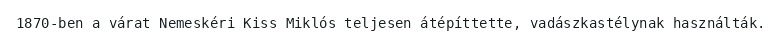
1870-ben a várat Nemeskéri Kiss Miklós teljesen átépíttette, vadászkastélynak használták.